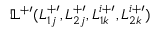
\mathbb { L } ^ { + \prime } ( L _ { 1 j } ^ { + \prime } , L _ { 2 j } ^ { + \prime } , L _ { 1 k } ^ { i + \prime } , L _ { 2 k } ^ { i + \prime } )